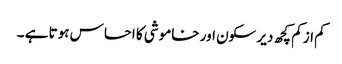
کم از کم کچھ دیر سکون اور خاموشی کا احساس ہوتا ہے ۔